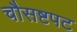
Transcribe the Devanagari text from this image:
चौसष्टपट